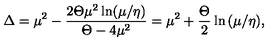
\Delta = { \mu } ^ { 2 } - \frac { 2 \Theta { \mu } ^ { 2 } \ln ( \mu / \eta ) } { \Theta - 4 { \mu } ^ { 2 } } = \mu ^ { 2 } + \frac { \Theta } { 2 } \ln { ( \mu / \eta ) } ,